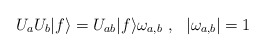
\begin{align*}U_aU_b|f\rangle=U_{ab}|f\rangle \omega_{a,b}~,~~|\omega_{a,b}|=1~ \end{align*}